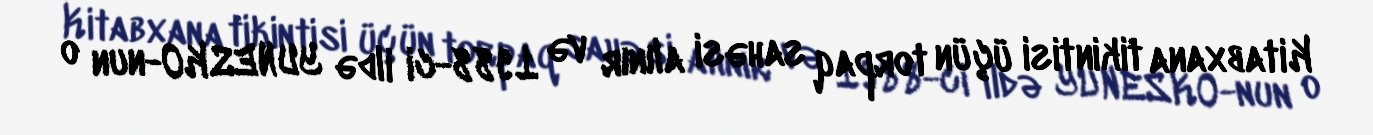
Kitabxana tikintisi üçün torpaq sahəsi alınır və 1988-ci ildə YUNESKO-nun o